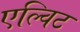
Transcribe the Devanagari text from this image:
एल्विट